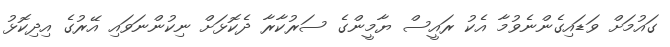
ގައުމަށް ވަޑައިގެންނެވުމާ އެކު ރައީސް ޔާމީންގެ ސަރުކާރާ ދެކޮޅަށް ނިކުންނަވައި އޭރުގެ އިދިކޮޅު